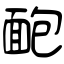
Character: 靤